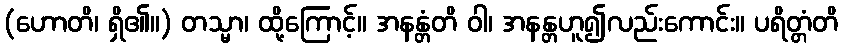
(ဟောတိ၊ ရှိ၏။) တသ္မာ၊ ထို့ကြောင့်။ အနန္တံတိ ဝါ၊ အနန္တဟူ၍လည်းကောင်း။ ပရိတ္တံတိ